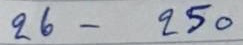
26 - 250